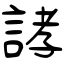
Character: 誟